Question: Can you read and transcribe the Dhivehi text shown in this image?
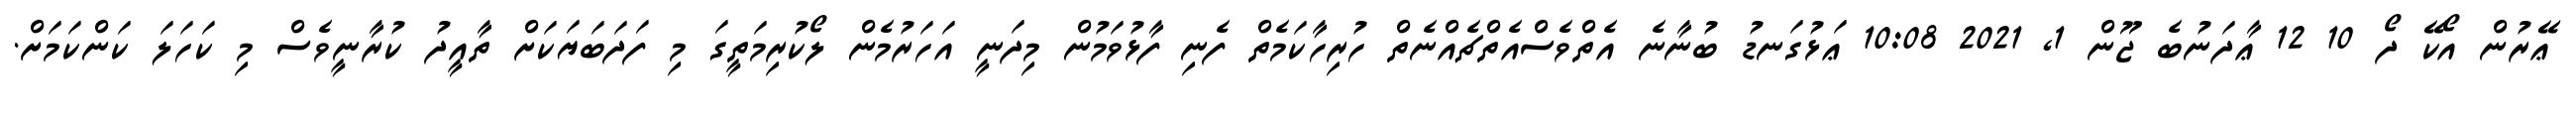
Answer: ޢޭރުން އޯކޭ ދޯ 10 12 ޢާދަނުބެ ޖޫން 1, 2021 10:08 ޢަޅުގަނޑު ބުނާނެ އެތްވެސްއެތްޗެއްނެތް ހުރިހާކަމެތް ފެނި ފާޅުވަމުން މިދަނީ އަހަރުމެން ލޯކުރިމަތީގަ މި ފަދަބަޔަކަށް ތާއީދު ކުރާނީވެސް މި ކަހަލަ ކަންކަމަށް.